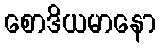
စောဒိယမာနော